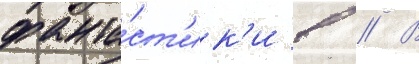
фанта́ст'ик'и в // В